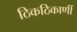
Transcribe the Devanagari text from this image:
ठिकठिकाणीं